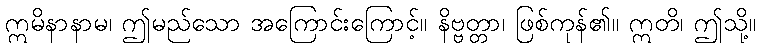
ဣမိနာနာမ၊ ဤမည်သော အကြောင်းကြောင့်။ နိဗ္ဗတ္တာ၊ ဖြစ်ကုန်၏။ ဣတိ၊ ဤသို့။